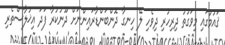
ޤައުމުގައި މިވަގުތު ދިރިހުރި ދިވެހި ލޭ ހިނގާ ދޮންބަންޑާރައިންނަށް ދޫނުކުރާ ފަދަ އިޚުލާސްތެރި